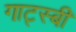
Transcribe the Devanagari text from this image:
गाट्स्बी